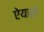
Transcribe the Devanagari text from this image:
ऐयारो